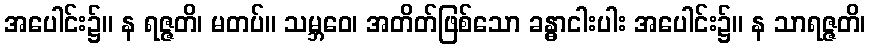
အပေါင်း၌။ န ရဇ္ဇတိ၊ မတပ်။ သမ္ဘဝေ၊ အတိတ်ဖြစ်သော ခန္ဓာငါးပါး အပေါင်း၌။ န သာရဇ္ဇတိ၊